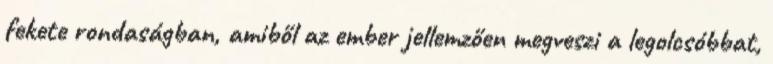
fekete rondaságban, amiből az ember jellemzően megveszi a legolcsóbbat,